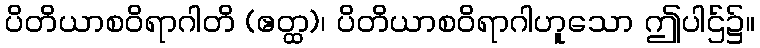
ပိတိယာစဝိရာဂါတိ (ဧတ္ထ)၊ ပိတိယာစဝိရာဂါဟူသော ဤပါဌ်၌။